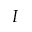
I